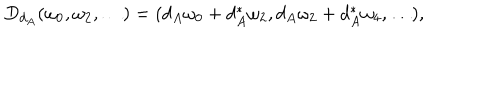
LaTeX: D _ { d _ { A } } ( \omega _ { 0 } , \omega _ { 2 } , \ldots ) = ( d _ { A } \omega _ { 0 } + d _ { A } ^ { * } \omega _ { 2 } , d _ { A } \omega _ { 2 } + d _ { A } ^ { * } \omega _ { 4 } , \ldots ) ,